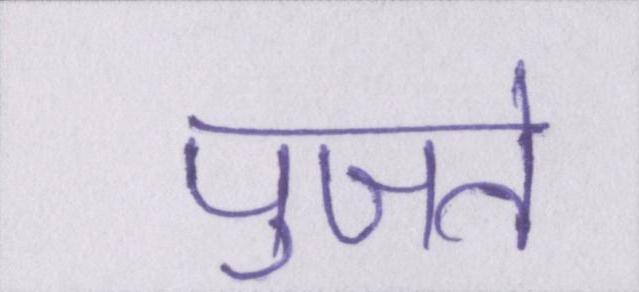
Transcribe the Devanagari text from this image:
पुजते